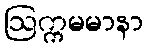
ဩက္ကမမာနာ